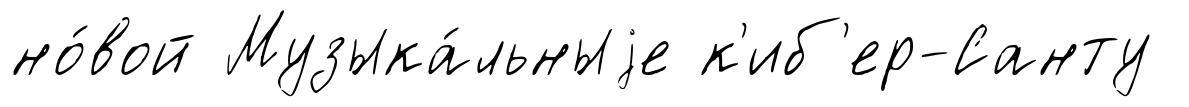
но́вой Музыка́льныjе к'иб'ер-Санту